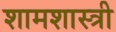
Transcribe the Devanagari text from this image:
शामशास्त्री